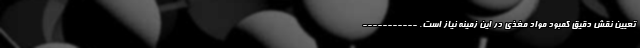
تعیین نقش دقیق کمبود مواد مغذی در این زمینه نیاز است. -----------